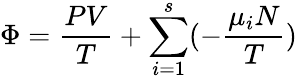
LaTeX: \Phi={\frac{PV}{T}}+\sum_{i=1}^{s}(-{\frac{\mu_{i}N}{T}})